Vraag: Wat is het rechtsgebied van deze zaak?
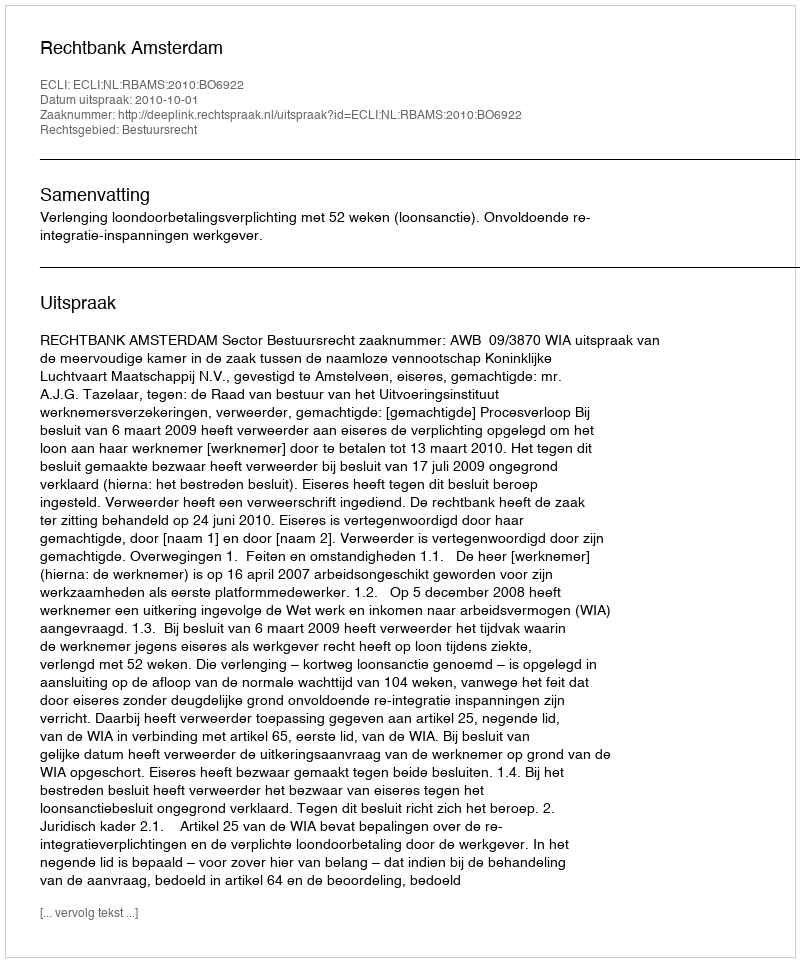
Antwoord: Bestuursrecht